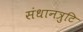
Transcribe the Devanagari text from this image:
संधानत्रुटि